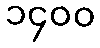
၁၄၀၀